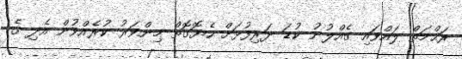
ރަޙްމަތް ލައްވައި ގެއްލުނު ކުޑަ ދަރިފުޅަށް ހެޔޮގޮތް މިންވަރު ކުރެއްވުން އެދި ގެ